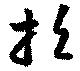
招